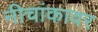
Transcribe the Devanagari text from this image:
नीचांकावर